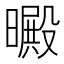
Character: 𣋙